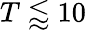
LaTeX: T\lessapprox 10